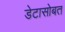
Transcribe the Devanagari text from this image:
डेटासोबत